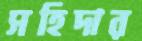
সহিদার